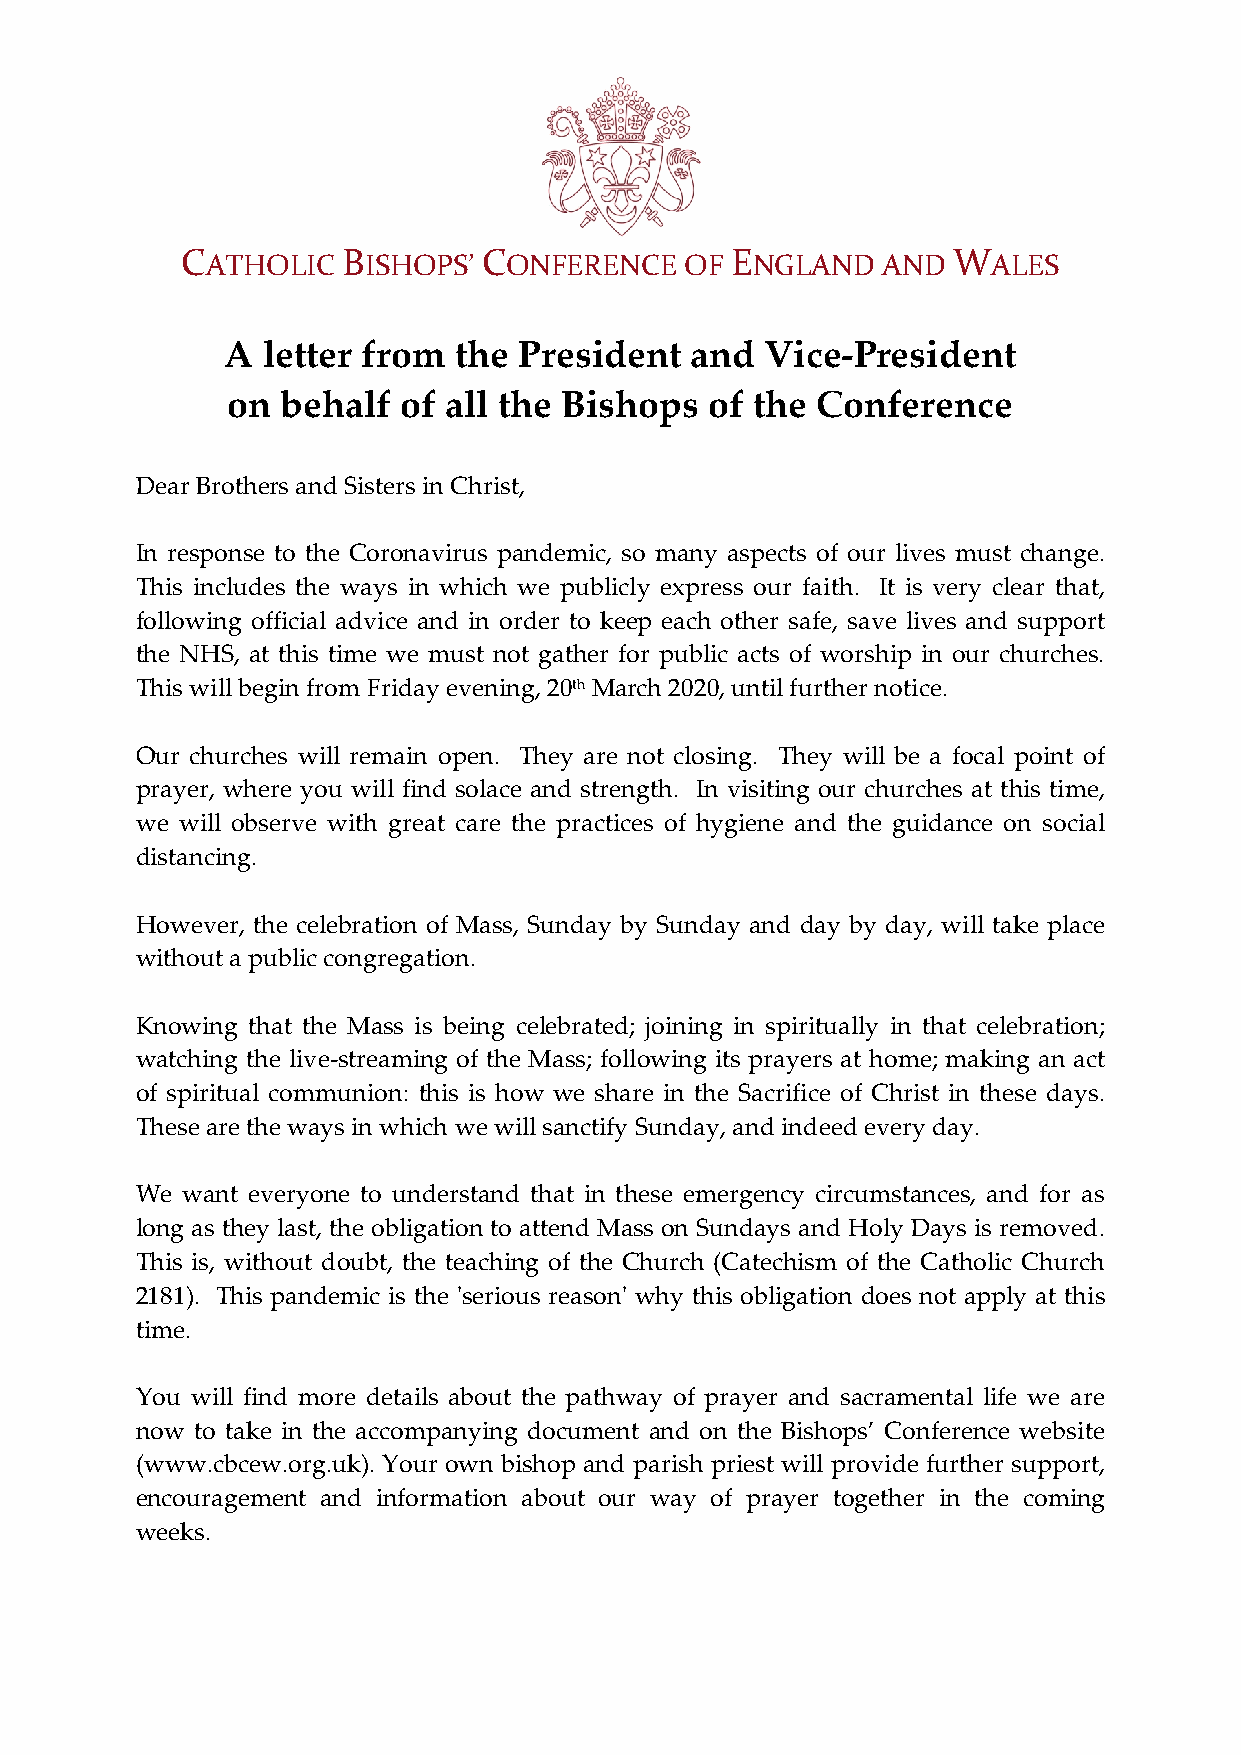
CATHOLIC   BISHOPS’ CONFERENCE   OF ENGLAND   AND  WALES
 A letter from  the President   and  Vice-President
 on  behalf  of all the Bishops  of the Conference
 Dear Brothers and Sisters in Christ,
 In response to the Coronavirus pandemic, so many aspects of our lives must change.
 This includes the ways in which we publicly express our faith. It is very clear that,
 following official advice and in order to keep each other safe, save lives and support
 the NHS, at this time we must not gather for public acts of worship in our churches.
 This will begin from Friday evening, 20th March 2020, until further notice.
 Our churches will remain open. They are not closing. They will be a focal point of
 prayer, where you will find solace and strength. In visiting our churches at this time,
 we will observe with great care the practices of hygiene and the guidance on social
 distancing.
 However, the celebration of Mass, Sunday by Sunday and day by day, will take place
 without a public congregation.
 Knowing that the Mass is being celebrated; joining in spiritually in that celebration;
 watching the live-streaming of the Mass; following its prayers at home; making an act
 of spiritual communion: this is how we share in the Sacrifice of Christ in these days.
 These are the ways in which we will sanctify Sunday, and indeed every day.
 We want everyone to understand that in these emergency circumstances, and for as
 long as they last, the obligation to attend Mass on Sundays and Holy Days is removed.
 This is, without doubt, the teaching of the Church (Catechism of the Catholic Church
 2181). This pandemic is the 'serious reason' why this obligation does not apply at this
 time.
 You will find more details about the pathway of prayer and sacramental life we are
 now to take in the accompanying document and on the Bishops’ Conference website
 (www.cbcew.org.uk). Your own bishop and parish priest will provide further support,
 encouragement and information about our way of prayer together in the coming
 weeks.